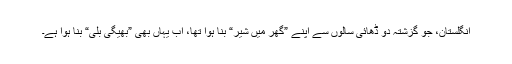
انگلستان، جو گزشتہ دو ڈھائی سالوں سے اپنے ”گھر میں شیر“ بنا ہوا تھا، اب یہاں بھی ”بھیگی بلّی“ بنا ہوا ہے۔